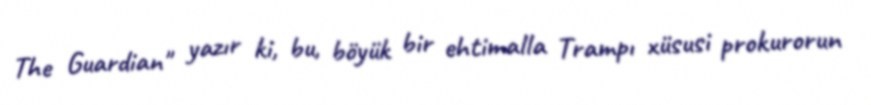
The Guardian" yazır ki, bu, böyük bir ehtimalla Trampı xüsusi prokurorun